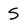
Character: 5